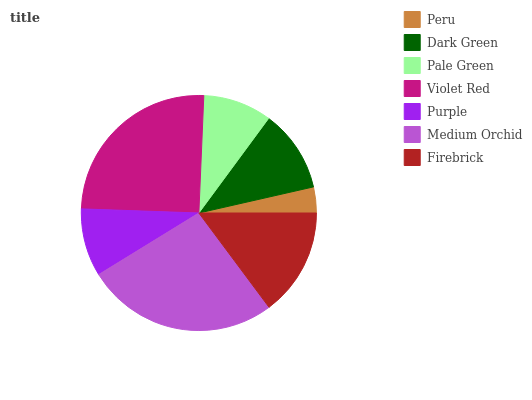
| Peru | Dark Green | Pale Green | Violet Red | Purple | Medium Orchid | Firebrick |
 | --- | --- | --- | --- | --- | --- | --- |
 | 3.56% | 11.3% | 9.43% | 25.1% | 9.32% | 26.4% | 14.8% |